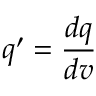
q ^ { \prime } = \frac { d q } { d v }